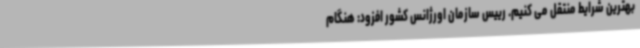
بهترین شرایط منتقل می کنیم. رییس سازمان اورژانس کشور افزود: هنگام